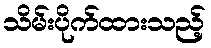
သိမ်းပိုက်ထားသည့်